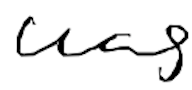
Text: was
Cross-out: clean
Writing tool: digital_black